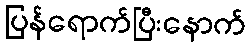
ပြန်ရောက်ပြီးနောက်